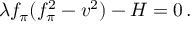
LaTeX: \lambda f _ { \pi } ( f _ { \pi } ^ { 2 } - v ^ { 2 } ) - H = 0 \, .